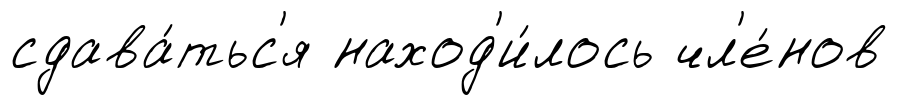
сдава́тьс'я наход'и́лось чл'е́нов